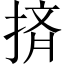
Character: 㨈